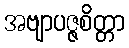
အဗျာပဇ္ဇစိတ္တာ